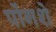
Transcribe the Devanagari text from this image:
पोंगशे